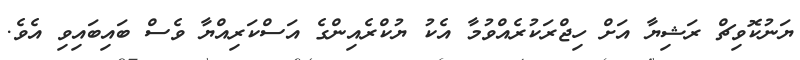
ޔަނުކޮވިޗް ރަޝިޔާ އަށް ހިޖްރަކުރެއްވުމާ އެކު ޔުކްރެއިންގެ އަސްކަރިއްޔާ ވެސް ބައިބައިވި އެވެ.